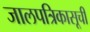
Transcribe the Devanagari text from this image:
जालपत्रिकासूची